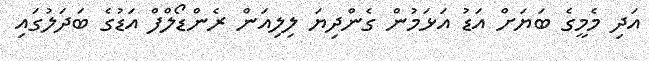
އަދި މެމީގެ ބަޔަށް އަޑު އަޅަމުން ގެންދިޔަ ލިލިއަން ރެންޑޯލްފް އަޑުގެ ބަދަލުގައި